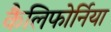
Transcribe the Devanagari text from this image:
कैलिफोर्निया